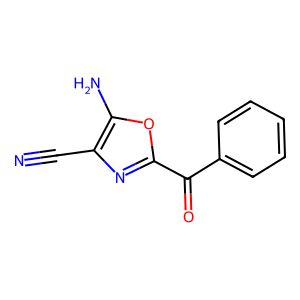
SMILES: N#Cc1nc(C(=O)c2ccccc2)oc1N
Inhibits HIV replication: No